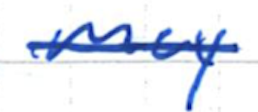
Text: may
Cross-out: single-line
Writing tool: ballpoint